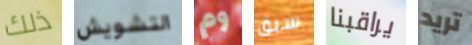
ذلك التشويش وم سبق يراقبنا تريد